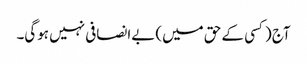
آج (کسی کے حق میں) بےانصافی نہیں ہوگی۔